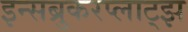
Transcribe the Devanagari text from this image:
इन्सब्रुकरप्लाट्झ